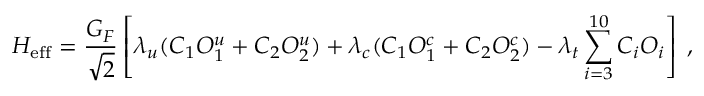
{ \cal H } _ { \mathrm { e f f } } = \frac { G _ { F } } { \sqrt { 2 } } \left[ \lambda _ { u } ( C _ { 1 } O _ { 1 } ^ { u } + C _ { 2 } O _ { 2 } ^ { u } ) + \lambda _ { c } ( C _ { 1 } O _ { 1 } ^ { c } + C _ { 2 } O _ { 2 } ^ { c } ) - \lambda _ { t } \sum _ { i = 3 } ^ { 1 0 } C _ { i } O _ { i } \right] \; ,